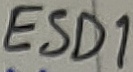
Text: ESD1